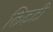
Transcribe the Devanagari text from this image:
लिटटी